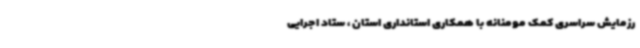
رزمایش سراسری کمک مومنانه با همکاری استانداری استان ، ستاد اجرایی